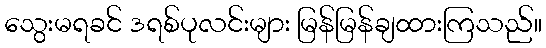
သွေးမရခင် ဒရစ်ပုလင်းများ မြန်မြန်ချထားကြသည်။